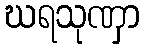
ဃရသုဏှာ